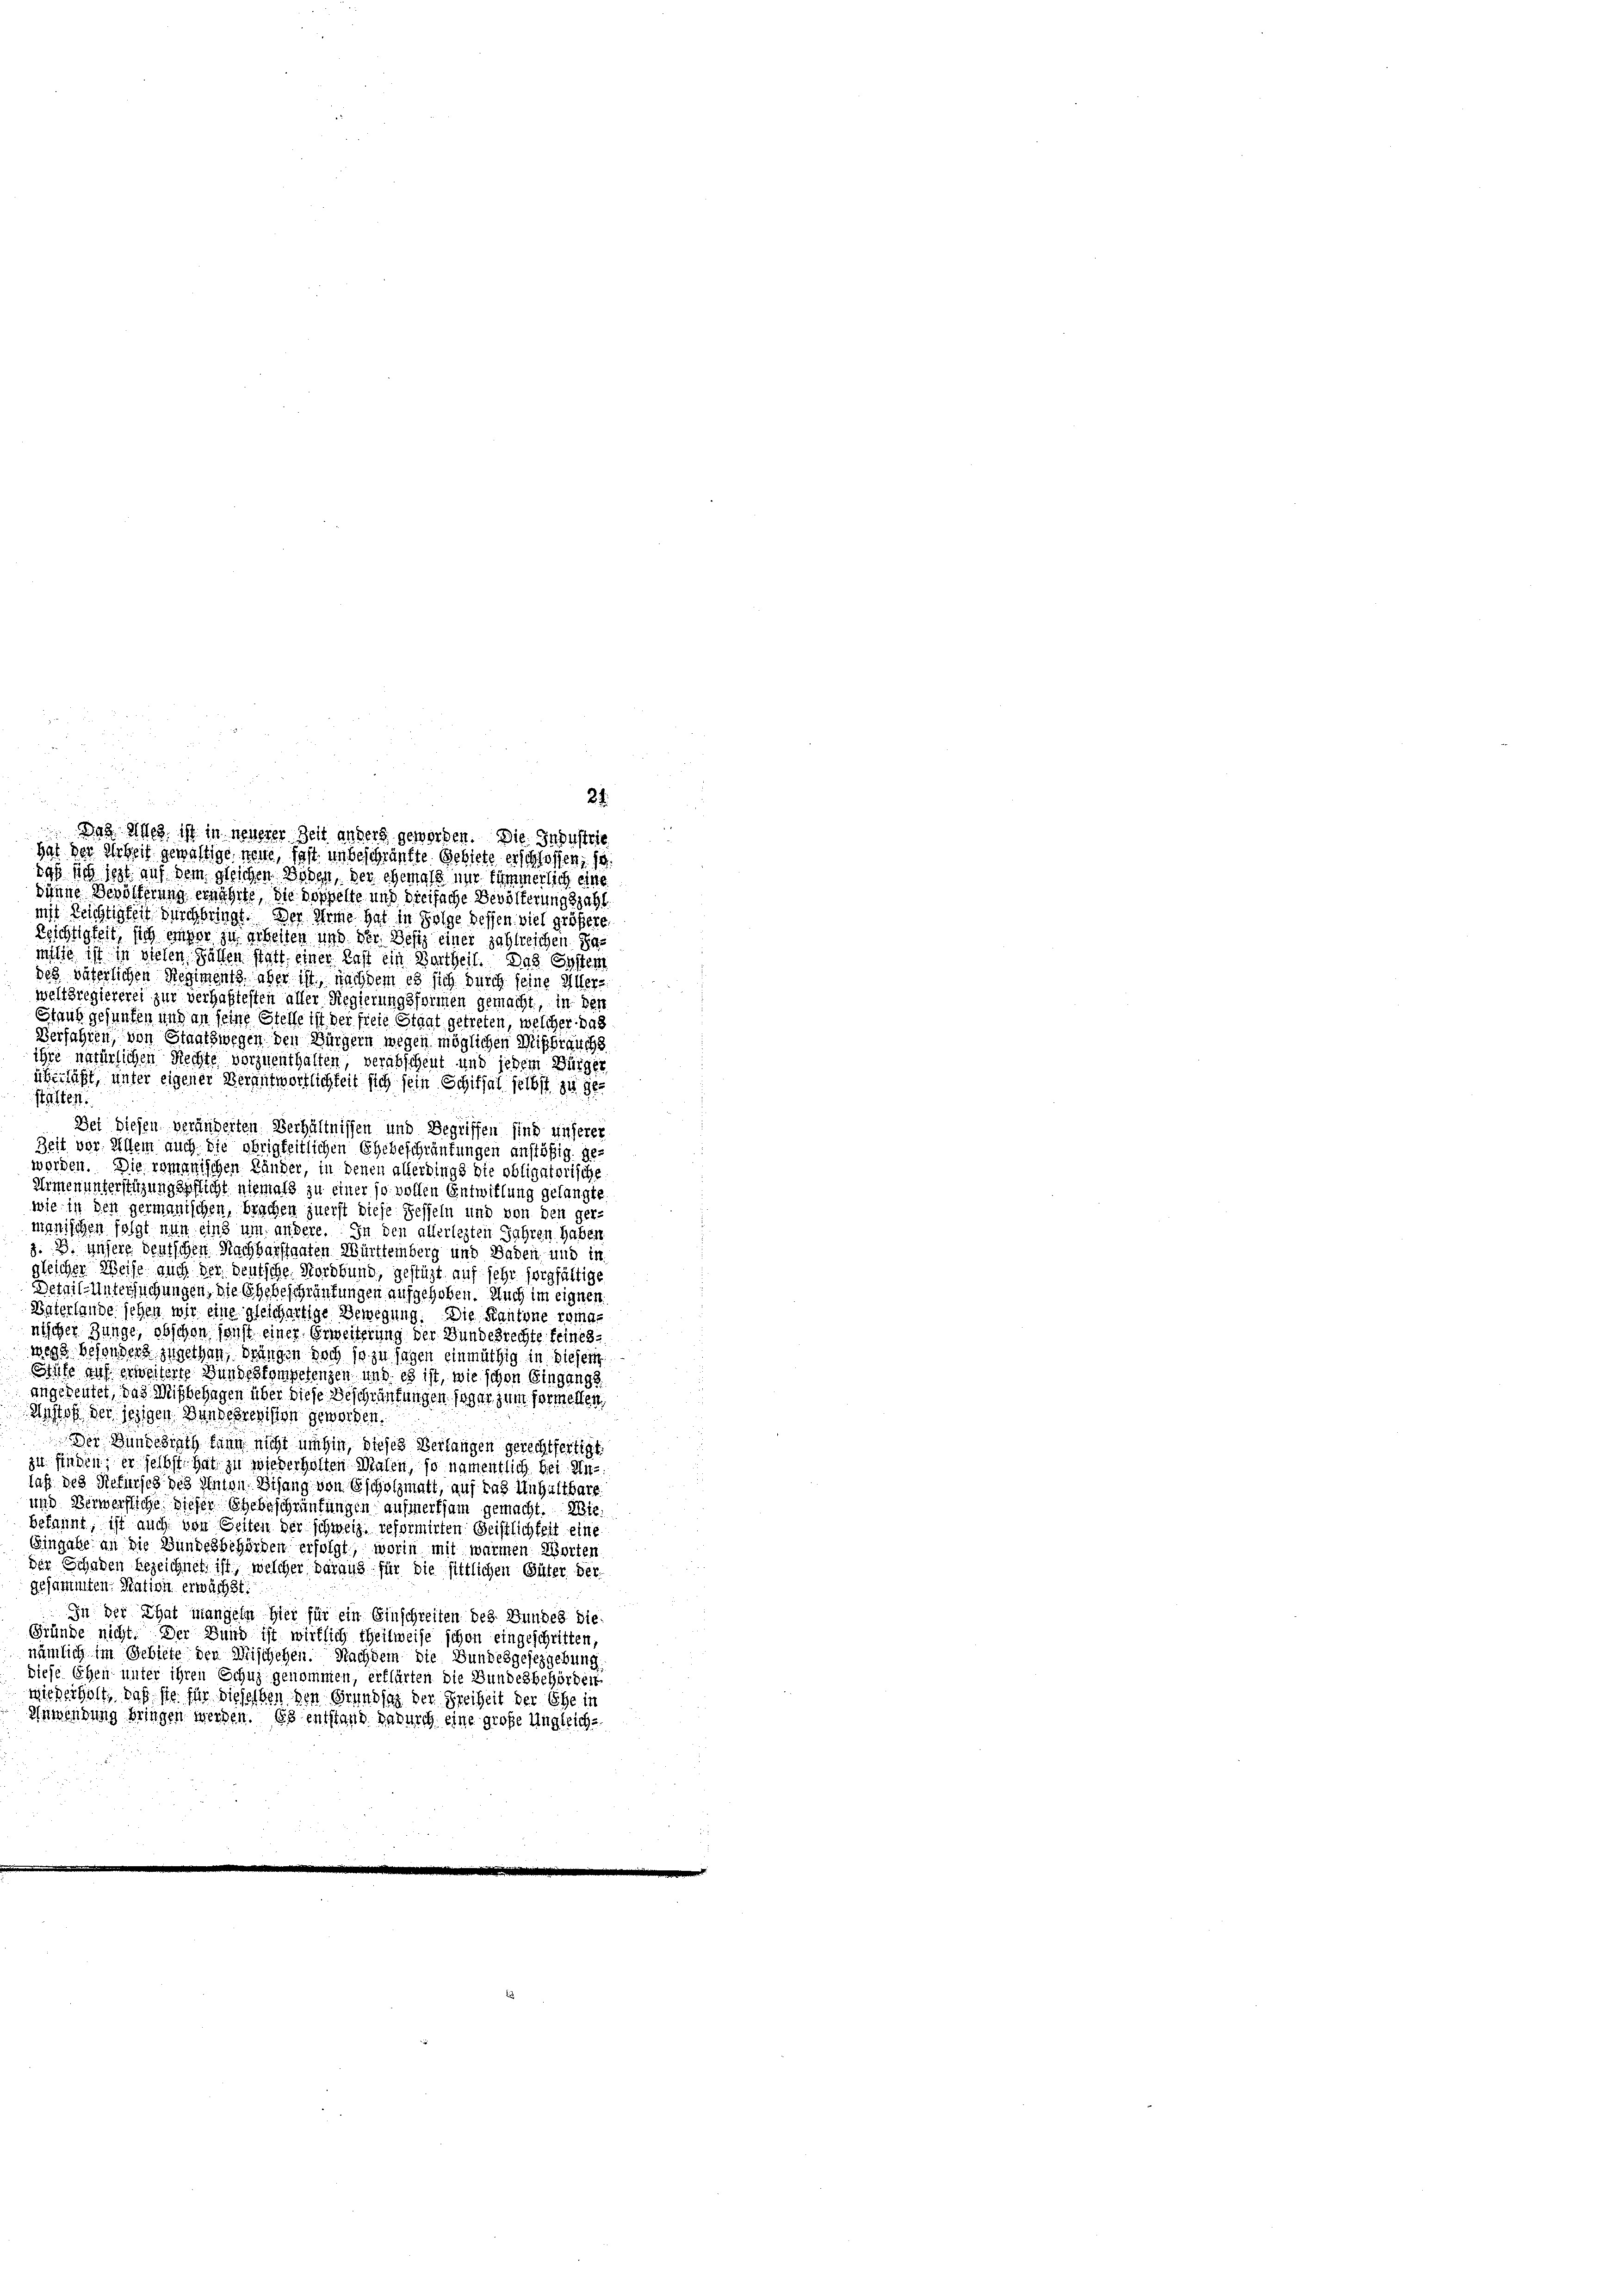
daß sich jezt auf dem gleichen Boden, der ehemals nur summerlich eine
dinne Veröfferung ernährte, die doppelte und dreifache Bevölkerungszahl
mit Reichtigkeit durchbringt. Der Arme hat in Folge dessen viel größere
Reichtigkeit, sich einger zu arbeiten und der Besiz einer zahlreichen Samilie ist in vielen Fällen statt, einer Last ein Bartheil. Das System
des väterlichen Regiments aber ist, nachdem es sich durch seine Elter-
weltsregiererei zur verhaftesten aller Regierungsformen gemacht, in der
Staub gefunden und an seine Stelle ist der freie Staat getreten, welcher das
Verfahren, von Staatswegen den Bürgern wegen möglichen Mißbrauchs
ihre natürlichen Rechte vorzuenthalten, verabscheut und jedem Bürger
überläßt, unter eigener Verantwortlichkeit sich sein Schiffel selbst zu gestalten.
Bei diesen veränderten Verhältnissen und Begriffen sind unserer
Zeit vor. Allem auch die obrigkeitlichen Ehebeschränkungen anstößig geworden. Die romanischen Länder, in denen allerdings die obligatorische
Armenunterstützungspflicht niemals zu einer so vollen Entwillung gelangte
wie in den germanischen, brachen zuerst diese Sesseln und von den ger-
manischen folgt nun eins um andere. In den allerlegten Jahren haben
z. B. unsere deutschen Nachbarstanten Württemberg und Baden, und in
gleicher Weise auch der deutsche Nordbund, gestüzt auf sehr sorgfältige
Detail-Untersuchungen, die Ehebeschränkungen aufgehoben. Auch im eignen.
Vaterlande sehen wir eine gleichartige Bewegung. Die Kantone roma-
nischer Zunge, obschon sonst einer Erweiterung der Bundesrechte feines
wegs besondert zugethan, drungen doch so zu sagen einmüthig in diesert
Stufe auf erweiterte Bundeskompetenzen und es ist, wie schon Eingangs
angedeutet, das Mitbehagen über diese Beschränkungen sogar zum formellen,
Anstoß der jezigen Bundesrevision geworden.
Der Bundesrath kann nicht umhin, dieses Verlangen gerechtfertigt.
zu finden; er selbst hat zu wiederholten Malen, so namentlich bei Unlaß des Rekursch des Anton Bisang von Escholzmalt, auf das Unhaltbare
und Verwerfliche dieser Ehebeschränkungen aufmerksam gemacht. Wiebekannt, ist auch von Seiten der schweiz. reformirten Geistlichkeit eine
Eingabe an die Bundesbehörden erfolgt, worin mit warmen Worten
der Schaden bezeichnet ist, welcher daraus für die sittlichen Güter der
gesammten. Nation erwächst:
In der That mangeln hier für ein Einschreiten des Bundes die¬
Gründe nicht. Der Bund ist wirklich theilweise schon eingeschritten,
nämlich im Gebiete den Mischehen. Nachdem die Bundesgesezgebung
diese Ehen unter ihren Schuz genommen, erklärten die Bundesbehörder-
wiederholt, daß sie für dieselben den Grundsatz der Freiheit der Ehe in
Anwendung bringen werden. Es entstand dadurch eine große Ungleich-

21.
 Das Alles ist in neuerer Zeit anders geworden. Die Industrie
hat der Arbeit gewältige neue, fast unbeschränkte Gebiete erschlossen, 19.